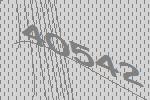
40542